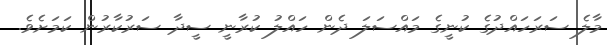
މާލެ ސަރަހައްދުގެ ކުނީގެ މައްސަލަ ދެން ހައްލު ކުރާނީ ސީދާ ސަރުކާރުން ކަމަށެވެ.